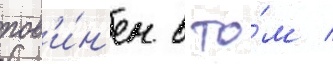
пов'и́н'ен в то́м /